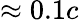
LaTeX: \approx 0.1c